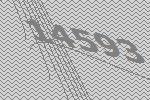
14593